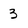
Character: 3